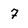
Character: 7